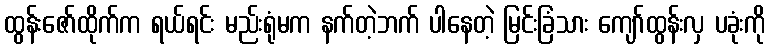
ထွန်းဇော်ထိုက်က ရယ်ရင်း မည်းရုံမက နက်တဲ့ဘက် ပါနေတဲ့ မြင်းခြံသား ကျော်ထွန်းလှ ပခုံးကို